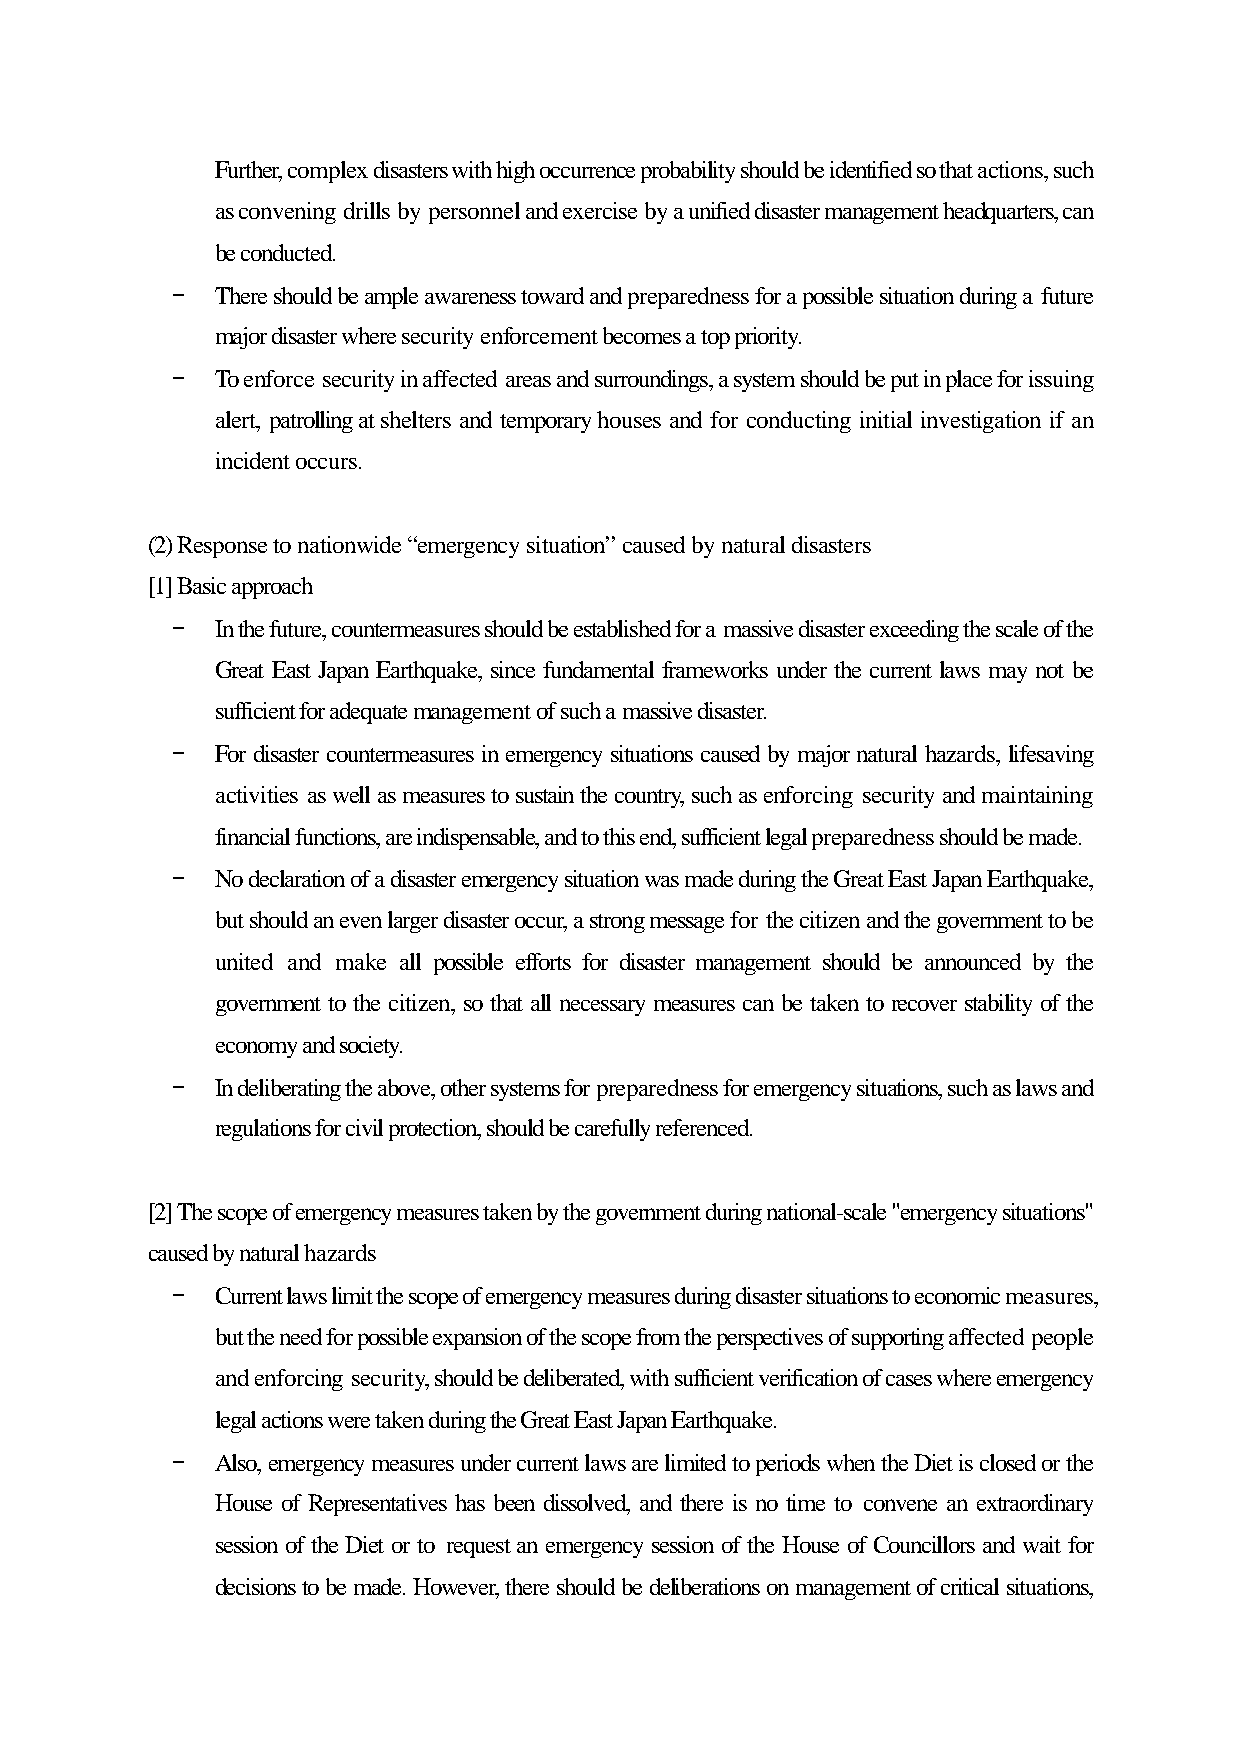
Further, complex disasters with high occurrence probability should be identified so that actions, such
 as convening drills by personnel and exercise by a unified disaster management headquarters, can
 be conducted.
 -  There should be ample awareness toward and preparedness for a possible situation during a future
 major disaster where security enforcement becomes a top priority.
 -  To enforce security in affected areas and surroundings, a system should be put in place for issuing
 alert, patrolling at shelters and temporary houses and for conducting initial investigation if an
 incident occurs.
 (2) Response to nationwide “emergency situation” caused by natural disasters
 [1] Basic approach
 -  In the future, countermeasures should be established for a massive disaster exceeding the scale of the
 Great East Japan Earthquake, since fundamental frameworks under the current laws may not be
 sufficient for adequate management of such a massive disaster.
 -  For disaster countermeasures in emergency situations caused by major natural hazards, lifesaving
 activities as well as measures to sustain the country, such as enforcing security and maintaining
 financial functions, are indispensable, and to this end, sufficient legal preparedness should be made.
 -  No declaration of a disaster emergency situation was made during the Great East Japan Earthquake,
 but should an even larger disaster occur, a strong message for the citizen and the government to be
 united and make all possible efforts for disaster management should be announced by the
 government to the citizen, so that all necessary measures can be taken to recover stability of the
 economy and society.
 -  In deliberating the above, other systems for preparedness for emergency situations, such as laws and
 regulations for civil protection, should be carefully referenced.
 [2] The scope of emergency measures taken by the government during national-scale "emergency situations"
 caused by natural hazards
 -  Current laws limit the scope of emergency measures during disaster situations to economic measures,
 but the need for possible expansion of the scope from the perspectives of supporting affected people
 and enforcing security, should be deliberated, with sufficient verification of cases where emergency
 legal actions were taken during the Great East Japan Earthquake.
 -  Also, emergency measures under current laws are limited to periods when the Diet is closed or the
 House of Representatives has been dissolved, and there is no time to convene an extraordinary
 session of the Diet or to request an emergency session of the House of Councillors and wait for
 decisions to be made. However, there should be deliberations on management of critical situations,